system: You are a helpful assistant.
user:
Analyze the provided spectrum to determine if it is a **White Dwarf (WD)**.

A White Dwarf spectrum is defined by its **extreme purity** (due to gravitational settling) and/or **extreme pressure broadening** (due to high surface gravity). You must check for one of the following mutually exclusive signatures:

- **Key Visual Indicators (Check for ONE of these types):**

    - **1. DA-Type Signature (Most Common):**
        - **(Primary Feature):** Extreme pressure broadening (Stark broadening) of the **Hydrogen (H) Balmer lines**.
        - **(Key Lines):** $H\beta$ (approx. $4861$ Å) and $H\gamma$ (approx. $4340$ Å). $H\alpha$ (approx. $6563$ Å) will also be present if the wavelength range covers it.
        - **(Line Profile):** This is the **defining feature**. The lines are **NOT** sharp. They appear as massive, **extremely broad and deep "troughs" or "dips"** in the spectrum, often hundreds of Ångströms wide. The continuum will appear to "scoop" down at these wavelengths.
        - **(Distinction):** Normal A-type or B-type stars have *narrow* and *sharp* Hydrogen lines. A DA White Dwarf's lines are unmistakably "smeared" or "blurry" from pressure.

    - **2. DB-Type Signature:**
        - **(Primary Feature):** Broad absorption lines from **Neutral Helium (He I)**. The spectrum must lack any visible Hydrogen lines.
        - **(Key Lines):** Look for broad absorption near $4471$ Å, $4921$ Å, and $5876$ Å.
        - **(Line Profile):** These lines are also significantly pressure-broadened, appearing much wider than they would in a normal B-type main-sequence star.

    - **3. DC-Type Signature:**
        - **(Primary Feature):** A **featureless continuous spectrum**.
        - **(Line Profile):** The spectrum is a smooth curve with **no significant absorption or emission lines**.
        - **(Key Confirmation):** The continuum is almost always **blue or white**, indicating a hot object. This signature implies the atmosphere is so pure (or so cool) that no spectral lines are visible in the optical range. Its WD identity is confirmed by its extremely low intrinsic brightness (high absolute magnitude).

    - **4. DZ-Type Signature (Metal-Polluted):**
        - **(Primary Feature):** **Isolated, narrow metal absorption lines** on an otherwise featureless (DC-like) continuum.
        - **(Key Lines):** The **Calcium (Ca II) H & K doublet** (approx. **$3934$ Å** and **$3968$ Å**) is the most common and defining feature.
        - **(Line Profile):** These lines are "out of place." They are *not* part of a "forest" of thousands of lines. This signature is evidence of recent *accretion* (pollution) from rocky debris.
        - **(Distinction):** Normal G/K/M stars have a *dense forest* of thousands of metal lines. A DZ has a *clean* continuum with *only a few* strong metal lines.

    - **5. DQ-Type Signature (Carbon-Polluted):**
        - **(Primary Feature):** Absorption bands from **Carbon (C₂ "Swan Bands" or atomic C I)**.
        - **(Key Lines - C₂):** Look for bandheads with a "saw-tooth" shape near $5635$ Å, **$5165$ Å** (strongest), and $4737$ Å.
        - **(Key Confirmation):** The underlying **continuum must be blue or white** (hot).
        - **(Distinction):** This is the critical difference from a **Carbon Star**, which has the *exact same* C₂ bands but on an extremely **red, cool** continuum.

- **(Overall Spectrum):**
    - The continuum (overall shape) is typically **blue-sloping** (brighter in the blue than the red), as most white dwarfs are very hot.
    - The spectrum will look "pure" or "simple," dominated by only *one* of the five signatures listed above.

Think first, call **spectral_visualization_tool** if needed to examine features in detail, then provide your final answer. Your response must adhere to the following strict rules:
1.  **Overall Structure:** Your response must follow the format `<think>...</think> <tool_call>...</tool_call> (if a tool is used) <answer>...</answer>`.
2.  **Tool Usage Constraint:** You may only make **one** tool call per turn.
3.  **Final Answer Format:** In the `<answer>` tag, your conclusion must be inside a `\boxed{}` command (e.g., `\boxed{YES}` or `\boxed{NO}`), followed by your justification.

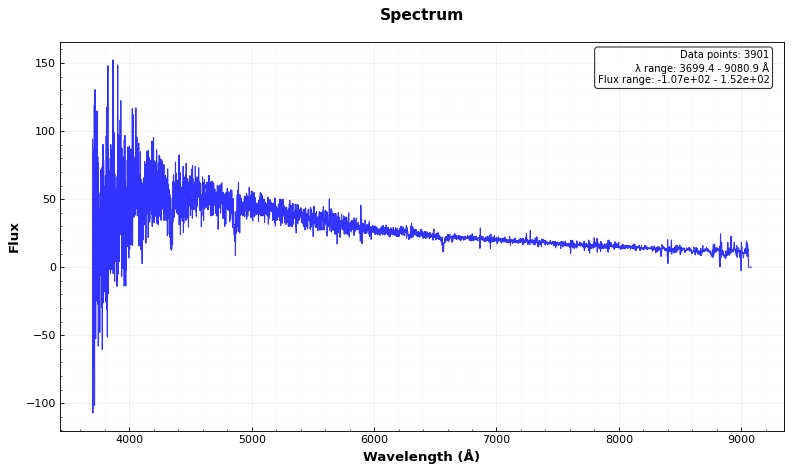
Answer: NO